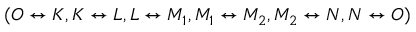
( O \leftrightarrow K , K \leftrightarrow L , L \leftrightarrow M _ { 1 } , M _ { 1 } \leftrightarrow M _ { 2 } , M _ { 2 } \leftrightarrow N , N \leftrightarrow O )